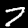
Digit: 7